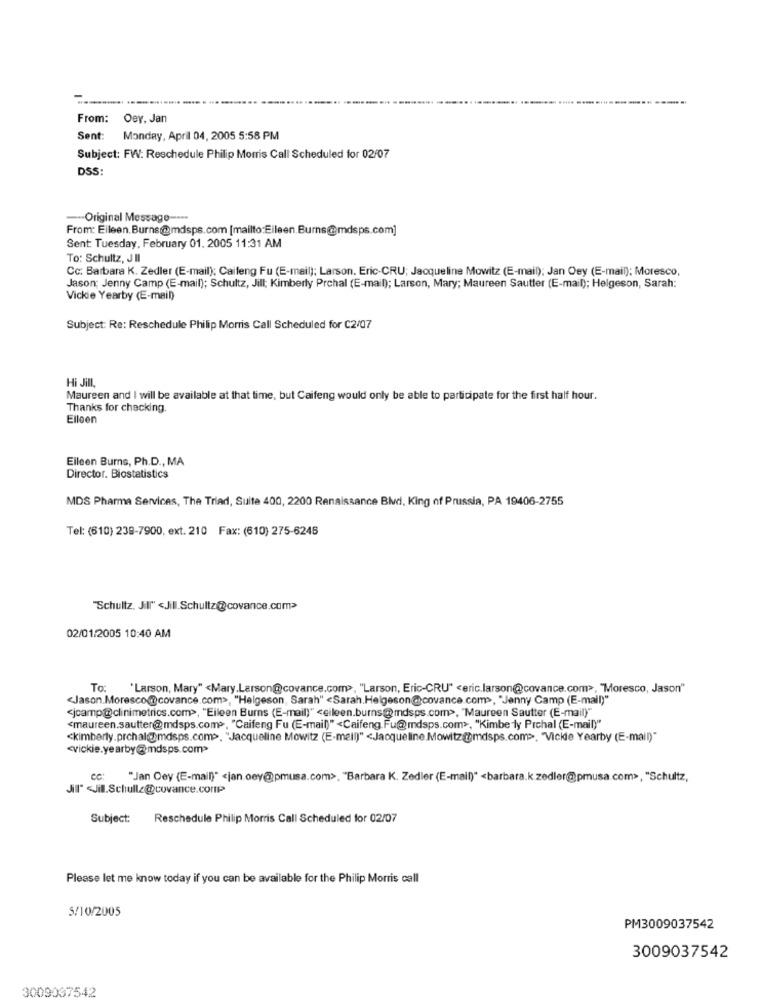
From:
Oey, Jan
Sent:
Monday, April 04, 2005 5:58 PM
Subject: FW: Reschedule Philip Morris Call Scheduled for 02/07
DSS:
--- Original Message ----
From: Eileen.Burns@mdsps.com [mailto:Eileen.Burns@mdsps.com]
Sent: Tuesday, February 01. 2005 11:31 AM
To: Schultz, J II
Cc: Barbara K. Zedler (E-mail); Caifeng Fu (E-mail); Larson. Eric-CRU; Jacqueline Mowitz (E-mail); Jan Oey (E-mail); Moresco,
Jason; Jenny Camp (E-mail); Schultz, Jill; Kimberly Prchal (E-mail); Larson, Mary; Maureen Sautter (E-mail); Helgeson, Sarah:
Vickie Yearby (E-mail)
Subject: Re: Reschedule Philip Morris Call Scheduled for C2/07
Hi Jill,
Maureen and I will be available at that time, but Caifeng would only be able to participate for the first half hour.
Thanks for checking.
Elloen
Eileen Burns, Ph.D ., MA
Director. Biostatistics
MDS Pharma Services, The Triad, Suite 400, 2200 Renaissance Blvd. King of Prussia, PA 19406-2755
Tel: (610) 239-7900, ext. 210 Fax: (610) 275-6246
"Schultz, JI" <Jill.Schultz@covance.com>
02/01/2005 10:40 AM
To:
"Larson, Mary" <Mary.Larson@covance.com>, "Larson, Eric-CRU" <eric.larson@covance.com>, "Moresco, Jason"
<Jason.Moresco@covance.com>, "Helgeson, Sarah" <Sarah. Helgeson@covance.com>, "Jenny Camp (E-mail)"
<jcamp@clinimetrics.com>, "Eileen Burns (E-mail)" <eileen.burns@mdsps.com>, "Maureen Sautter (E-mail)"
<maureen.sautter@mdsps.com>, "Caifeng Fu (E-mail)" <Caifeng.Fu@mdsps.com>, "Kimberly Prchal (E-mail)"
<kimberly.prchal@@mdsps.com>, "Jacqueline Mowitz (E-mail)" <Jacqueline.Mowitz@mdsps.com>, "Vickde Yearby (E-mail)"
<vickie.yearby@mdsps.com>
cc:
"Jan Oey (E-mail)* < jan.oey@pmusa.com>, "Barbara K. Zedler (E-mail)" <barbara.k zedler@pmusa.com>, "Schultz,
Jill" <Jil.Schullz@covance.comp
Subject:
Reschedule Philip Morris Call Scheduled for 02/07
Please let me know today if you can be available for the Philip Morris call
5/10/2005
PM3009037542
3009037542
3009037542